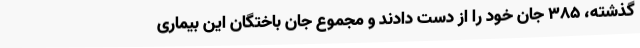
گذشته، ۳۸۵ جان خود را از دست دادند و مجموع جان باختگان این بیماری